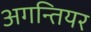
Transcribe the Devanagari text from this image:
अगन्तियर